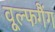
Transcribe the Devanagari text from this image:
वूल्फगैंग